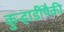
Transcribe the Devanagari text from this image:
कुऱ्हाडींपैकी